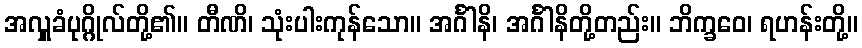
အလှူခံပုဂ္ဂိုလ်တို့၏။ တီဏိ၊ သုံးပါးကုန်သော။ အင်္ဂါနိ၊ အင်္ဂါနိတို့တည်း။ ဘိက္ခဝေ၊ ရဟန်းတို့။